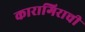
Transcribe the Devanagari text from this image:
कारागिराची